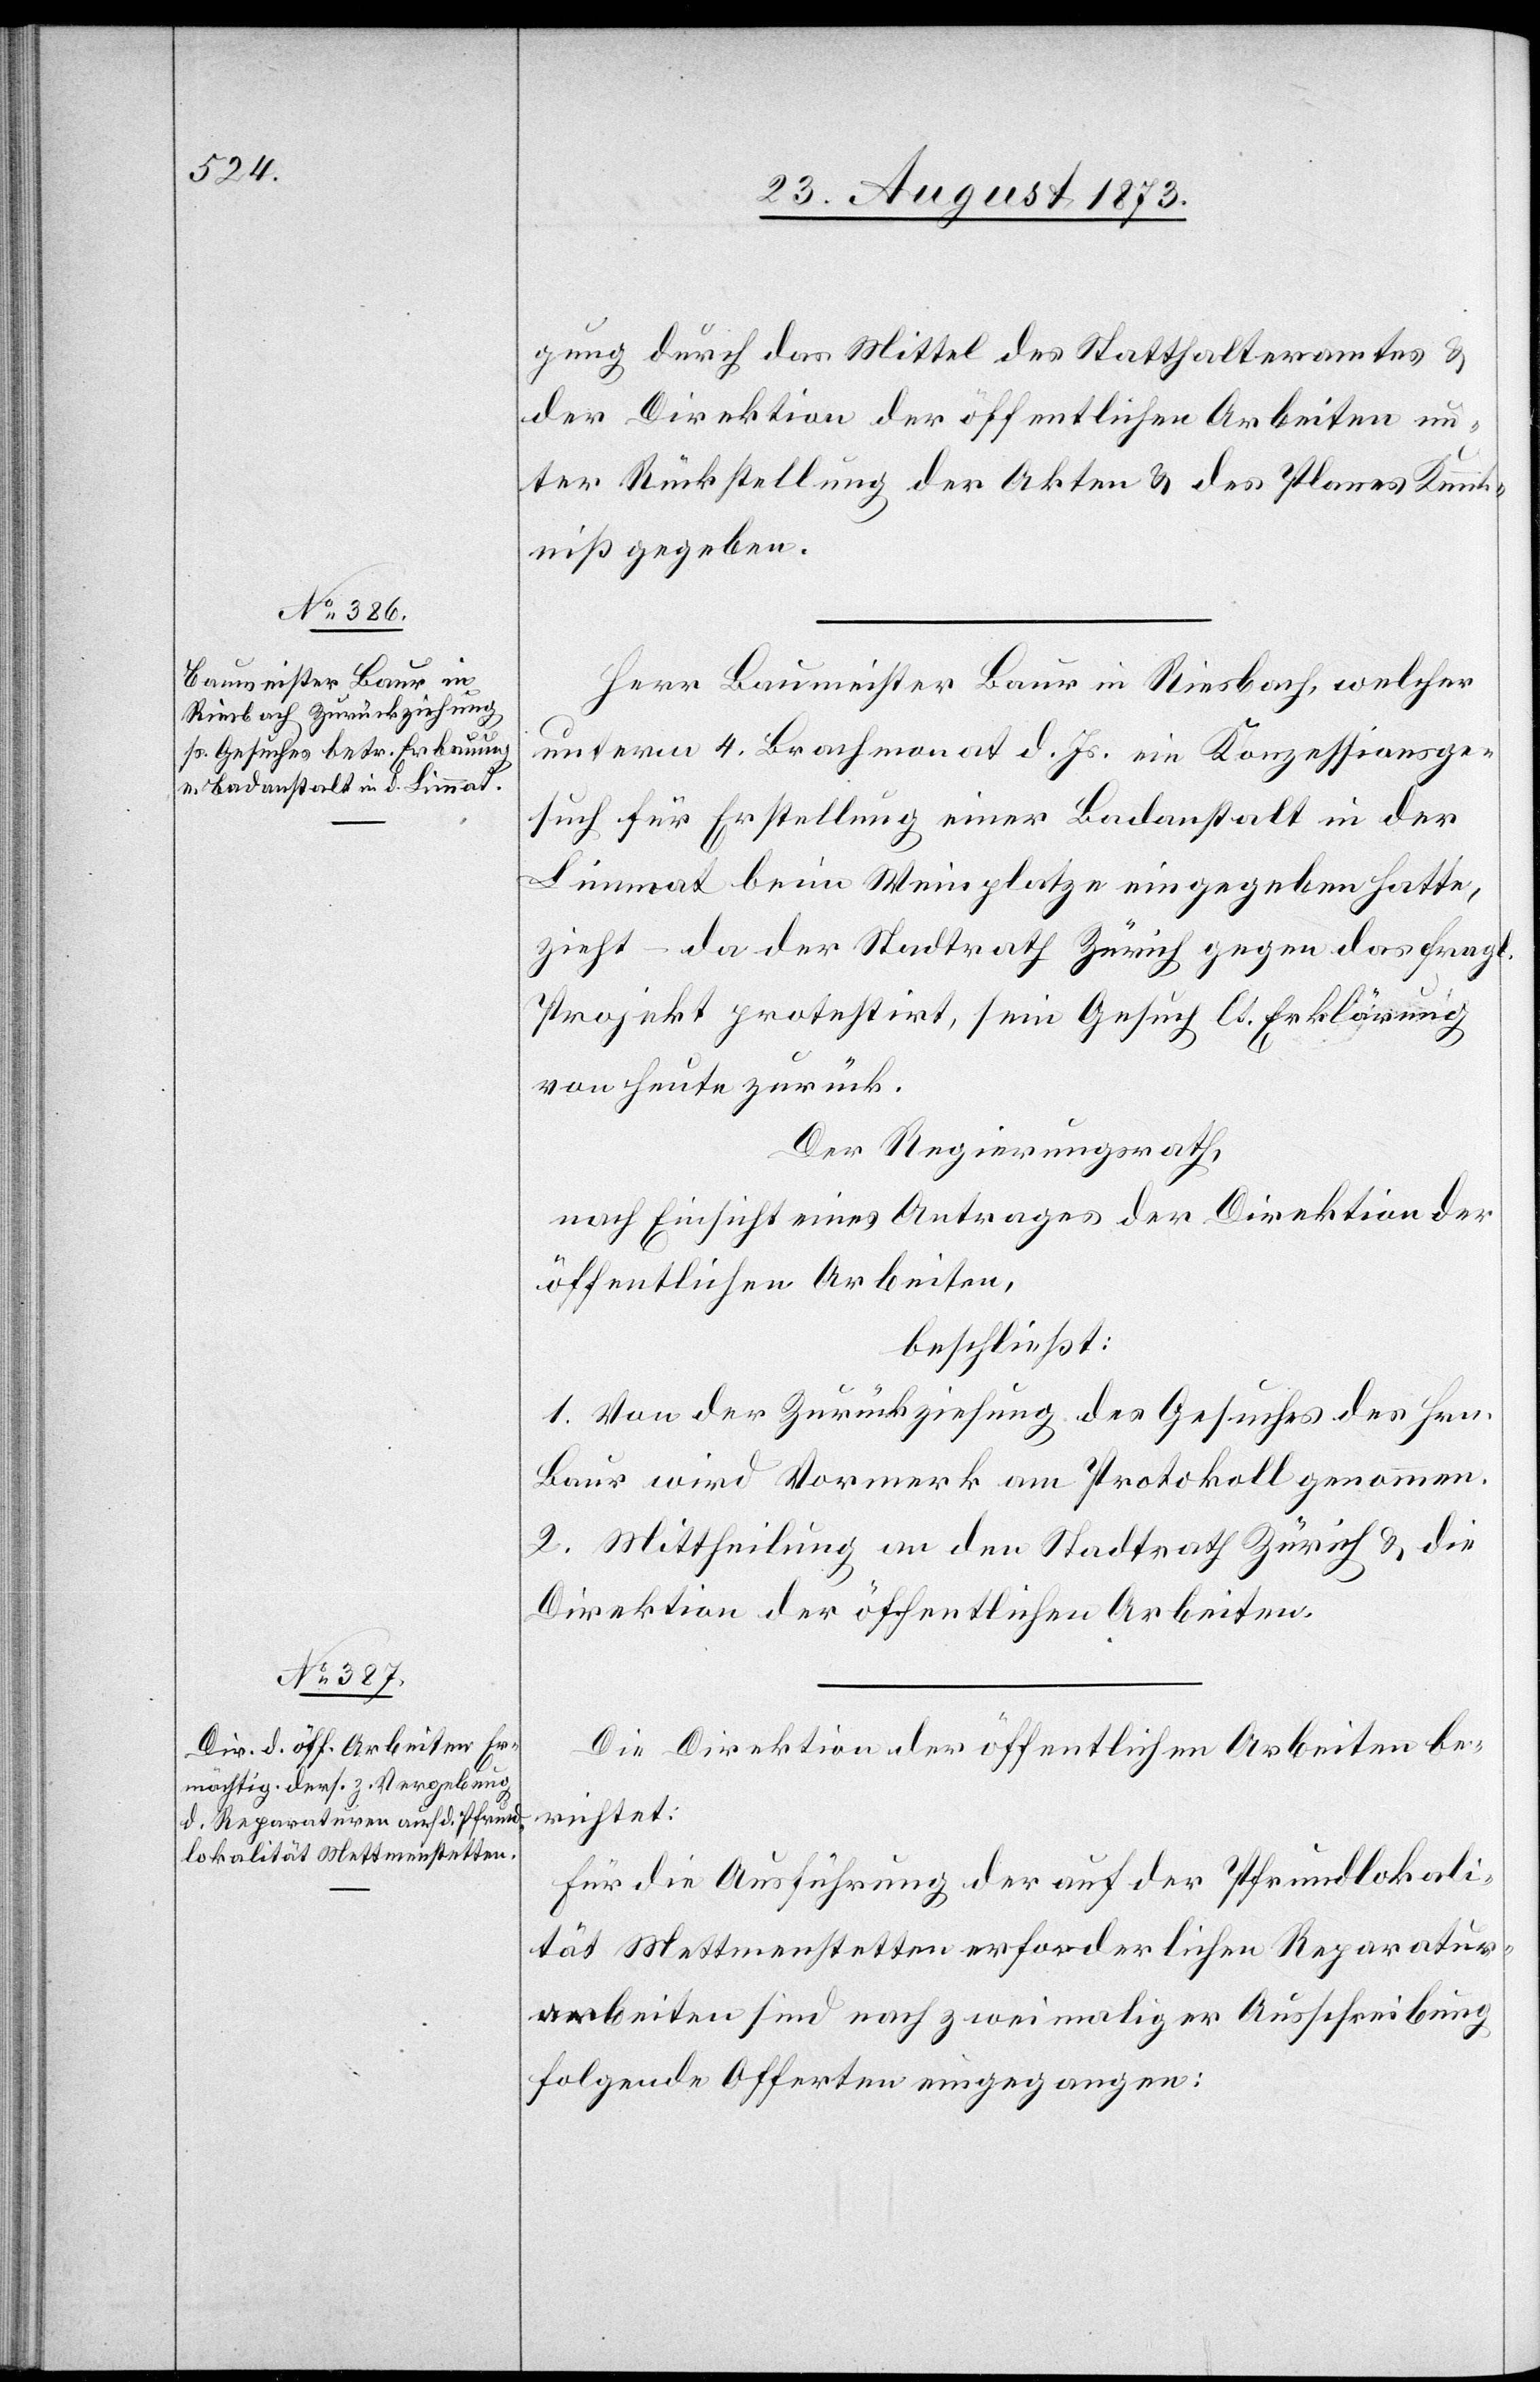
gung durch das Mittel des Statthalteramtes &
der Direktion der öffentlichen Arbeiten un¬
ter Rückstellung der Akten & des Planes Kennt¬
niß gegeben.
Herr Baumeister Baur in Riesbach, welcher
unterm 4. Brachmonat d. Js. ein Konzessionsge¬
such für Erstellung einer Badanstalt in der
Limmat beim Weinplatze eingegeben hatte,
zieht – da der Stadtrath Zürich gegen das fragl.
Projekt protestirt, sein Gesuch lt. Erklärung
von heute zurück.
Der Regierungsrath,
nach Einsicht eines Antrages der Direktion der
öffentlichen Arbeiten,
beschließt:
1. Von der Zurückziehung des Gesuches des Hrn.
Baur wird Vormerk am Protokoll genommen.
2. Mittheilung an den Stadtrath Zürich & die
Direktion der öffentlichen Arbeiten.
Die Direktion der öffentlichen Arbeiten be¬
richtet:
Für die Ausführung der auf der Pfrundlokali¬
tät Mettmenstetten erforderlichen Reparatur¬
arbeiten sind nach zweimaliger Ausschreibung
folgende Offerten eingegangen: